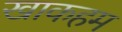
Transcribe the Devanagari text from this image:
खाकहम